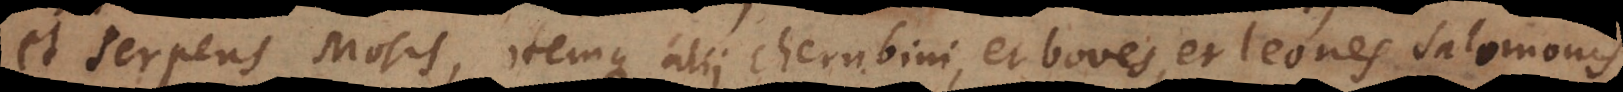
et serpens Mosis, itemque alii cherubini, et boves, et leones Salomonis